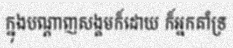
ក្នុងបណ្តាញសង្គមក៏ដោយ ក៏អ្នកគាំទ្រ